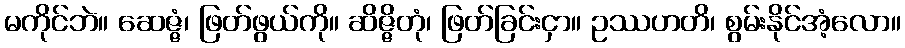
မကိုင်ဘဲ။ ဆေဇ္ဇံ၊ ဖြတ်ဖွယ်ကို။ ဆိဇ္ဇိတုံ၊ ဖြတ်ခြင်းငှာ။ ဥဿဟတိ၊ စွမ်းနိုင်အံ့လော။